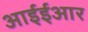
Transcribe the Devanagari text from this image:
आईईआर